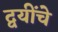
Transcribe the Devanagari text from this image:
द्वयींचे